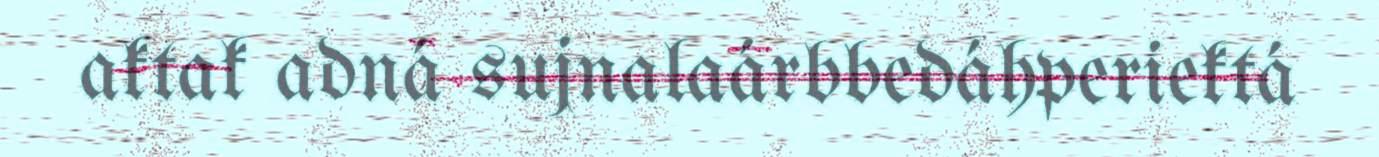
aktak adná sujnalaárbbedáhperiektá